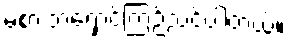
မစားဘဲရှောင်ကြဉ်သင့်ပါတယ်။